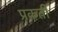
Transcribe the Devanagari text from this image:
प्रकर्ती